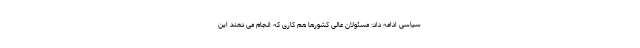
سیاسی ادامه داد: مسئولان عالی کشورها هم کاری که انجام می دهند این